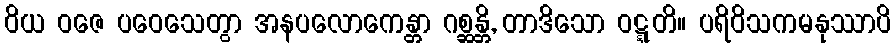
ဝိယ ဝဇေ ပဝေသေတွာ အနပလောကေန္တာ ဂစ္ဆန္တိ, တာဒိသော ဝဋ္ဋတိ။ ပရိဝိသကမနုဿာပိ